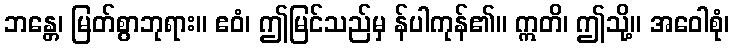
ဘန္တေ၊ မြတ်စွာဘုရား။ ဧဝံ၊ ဤမြင်သည်မှ န်ပါကုန်၏။ ဣတိ၊ ဤသို့။ အဝေါစုံ၊